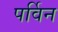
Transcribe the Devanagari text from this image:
पर्विन